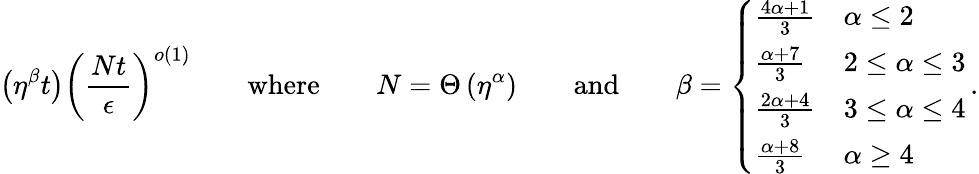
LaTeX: \left(\eta^{\beta}t\right)\left(\frac{Nt}{\epsilon}\right)^{o(1)}\qquad\textrm{where}\qquad N=\Theta\left(\eta^{\alpha}\right)\qquad\textrm{and}\qquad\beta=\left\{ \begin{array}{ll}{\frac{4\alpha+1}{3}}&{\alpha\leq 2}\\ {\frac{\alpha+7}{3}}&{2\leq\alpha\leq 3}\\ {\frac{2\alpha+4}{3}}&{3\leq\alpha\leq 4}\\ {\frac{\alpha+8}{3}}&{\alpha\geq 4}\end{array}\right.\, .